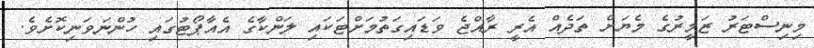
މިނިސްޓަރު ޒަމީރުގެ މެޔަށް ތަދެއް އެރީ ރާއްޖެ ވަޑައިގަތުމަށްޓަކައި ލަންކާގެ އެއާޕޯޓުގައި ހުންނަވަނިކޮށެވެ.